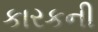
કારકની